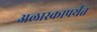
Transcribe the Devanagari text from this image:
अलास्कापर्यंत